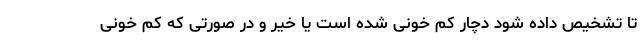
تا تشخیص داده شود دچار کم خونی شده است یا خیر و در صورتی که کم خونی